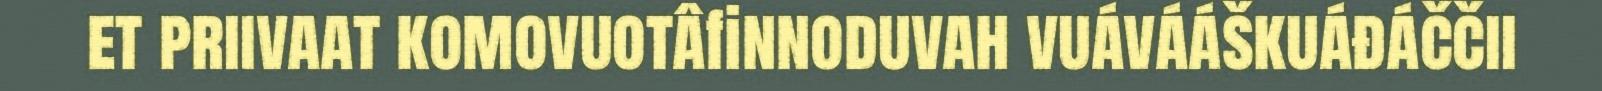
et priivaat komovuotâfinnoduvah vuávááškuáđáččii